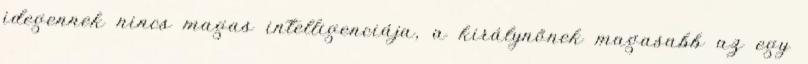
idegennek nincs magas intelligenciája, a királynőnek magasabb az egy